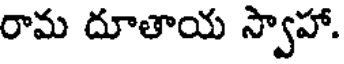
రామ దూతాయ స్వాహా.